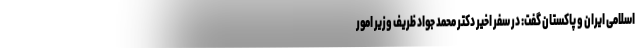
اسلامی ایران و پاکستان گفت: در سفر اخیر دکتر محمد جواد ظریف وزیر امور